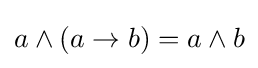
a\wedge (a\to b)=a\wedge b